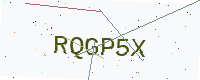
Text: RQGP5X